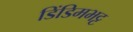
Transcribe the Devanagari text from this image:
डिंडिमभट्ट